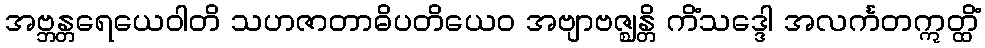
အဗ္ဘန္တရေယေဝါတိ သဟဇာတာဓိပတိယေဝ အဗျာဗဇ္ဈန္တိ ကိံသဒ္ဒေါ အလင်္ကတဣတ္ထိံ